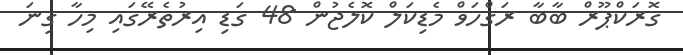
ގޮރަކްޕޫރް ބާބާ ރަގްހަވް މެޑިކަލް ކޮލެޖުން 48 ގަޑި އިރުތެރޭގައި މިހާ ގިނަ